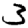
Digit: 3